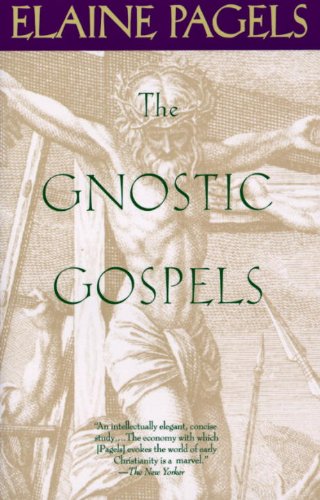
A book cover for The Gnostic Gospels; Elaine Pagels; History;